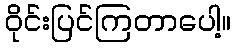
ဝိုင်းပြင်ကြတာပေါ့။